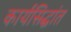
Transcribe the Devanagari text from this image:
कार्यसिद्धांत